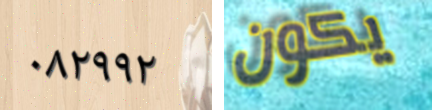
٠٨٢٩٩٢ يكون